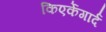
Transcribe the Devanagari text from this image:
किएर्केगार्द